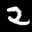
Label: 2